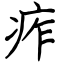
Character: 痄